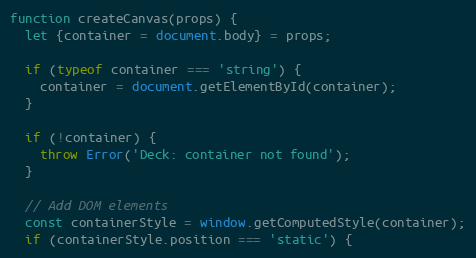
Language: JavaScript
function createCanvas(props) {
  let {container = document.body} = props;

  if (typeof container === 'string') {
    container = document.getElementById(container);
  }

  if (!container) {
    throw Error('Deck: container not found');
  }

  // Add DOM elements
  const containerStyle = window.getComputedStyle(container);
  if (containerStyle.position === 'static') {